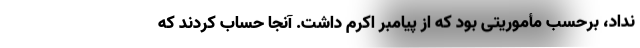
نداد، برحسب مأموریتی بود که از پیامبر اکرم داشت. آنجا حساب کردند که